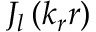
J _ { l } \left( k _ { r } r \right)